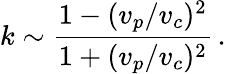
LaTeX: k\sim\frac{1-(v_{p}/v_{c})^{2}}{1+(v_{p}/v_{c})^{2}}\, .